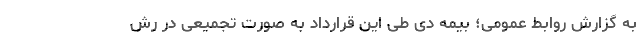
به گزارش روابط عمومی؛ بیمه دی طی این قرارداد به صورت تجمیعی در رش